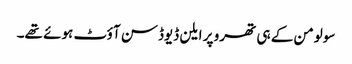
سولومن کے ہی تھرو پر ایلن ڈیوڈسن آؤٹ ہوئے تھے۔